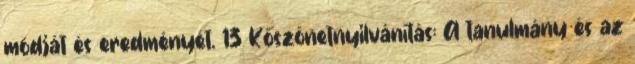
módját és eredményét. 13 Köszönetnyilvánítás: A tanulmány és az